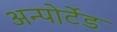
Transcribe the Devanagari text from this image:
अन्पोर्टेड